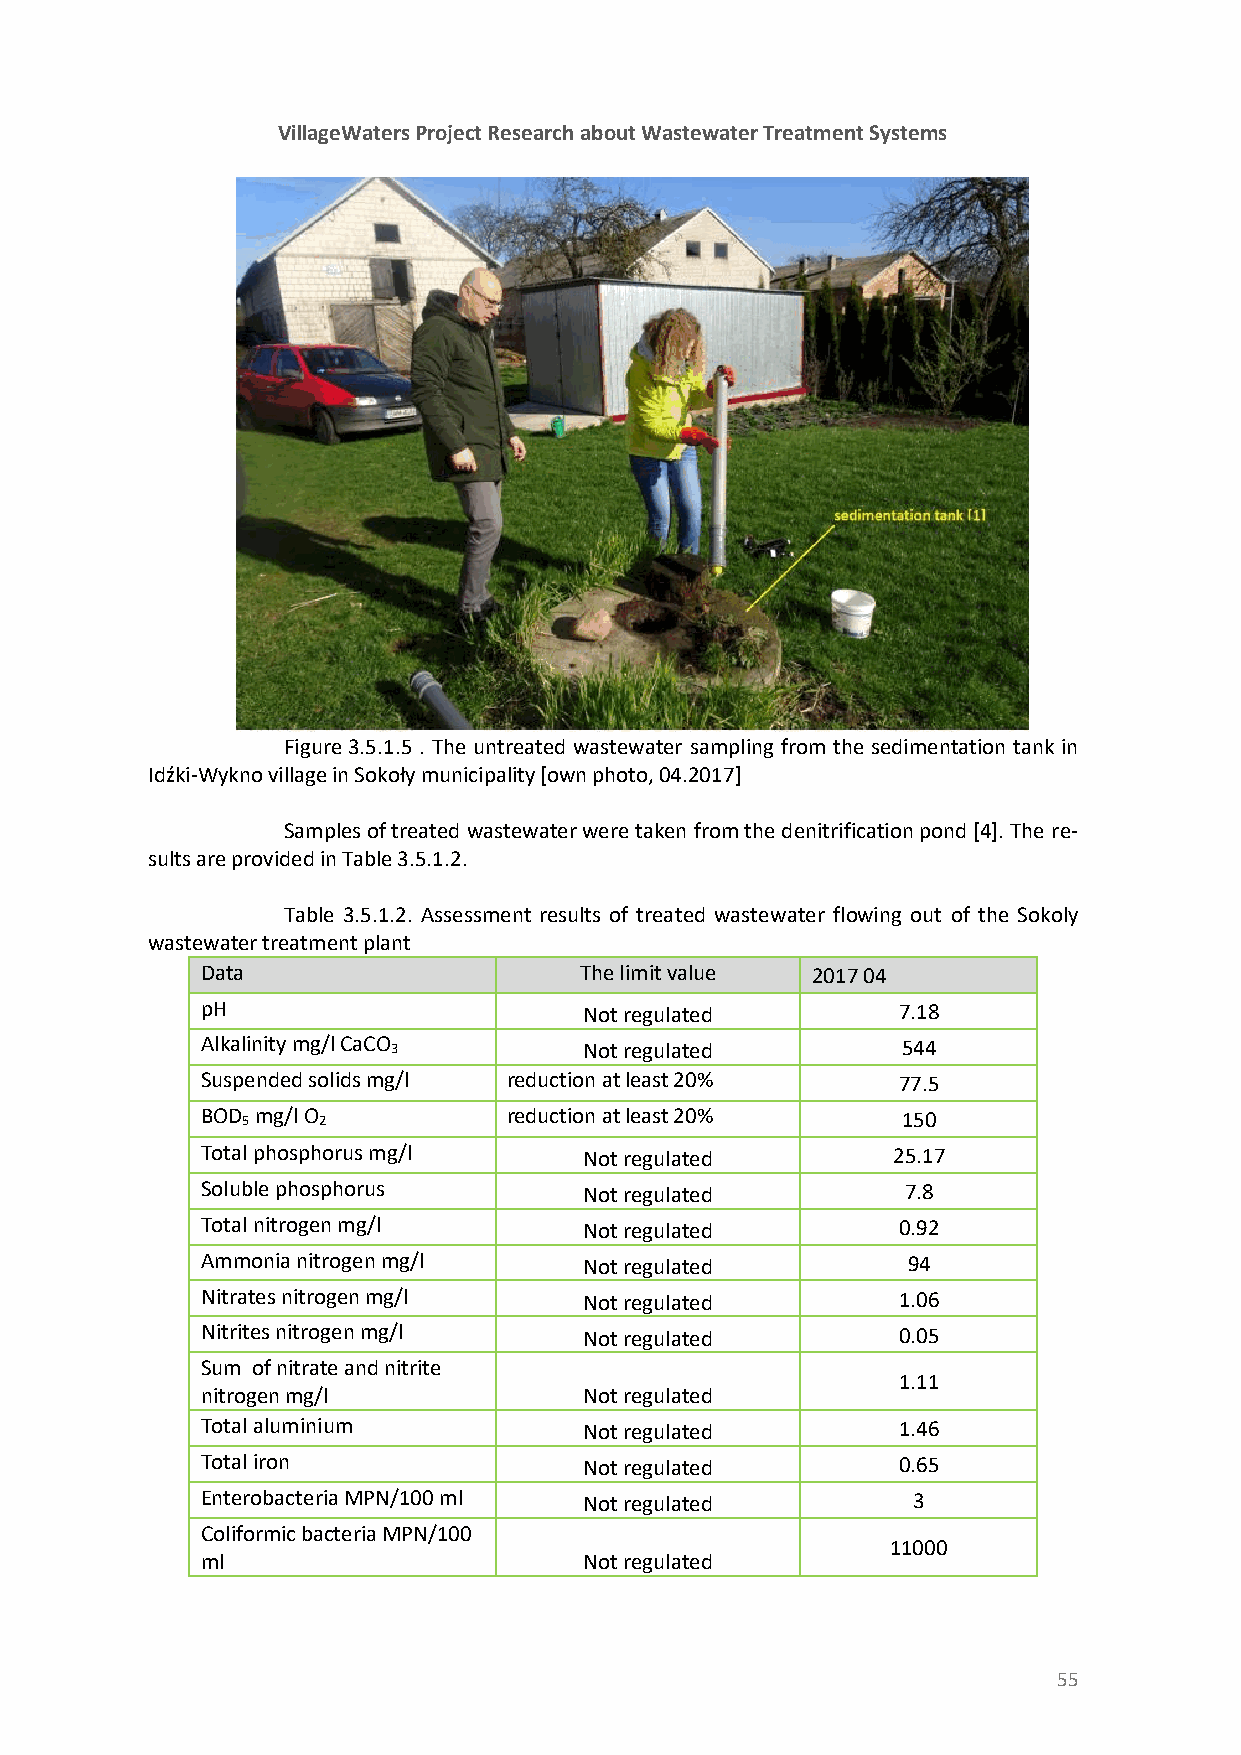
VillageWaters Project Research about Wastewater Treatment Systems
 Figure 3.5.1.5 . The untreated wastewater sampling from the sedimentation tank in
 Idźki-Wykno village in Sokoły municipality [own photo, 04.2017]
 Samples of treated wastewater were taken from the denitrification pond [4]. The re-
 sults are provided in Table 3.5.1.2.
 Table 3.5.1.2. Assessment results of treated wastewater flowing out of the Sokoly
 wastewater treatment plant
 Data                     The limit value 2017 04
 pH                        Not regulated       7.18
 Alkalinity mg/l CaCO 3    Not regulated        544
 Suspended solids mg/l reduction at least 20%  77.5
 BOD 5 mg/l O 2       reduction at least 20%    150
 Total phosphorus mg/l     Not regulated       25.17
 Soluble phosphorus        Not regulated        7.8
 Total nitrogen mg/l       Not regulated       0.92
 Ammonia nitrogen mg/l     Not regulated        94
 Nitrates nitrogen mg/l    Not regulated       1.06
 Nitrites nitrogen mg/l    Not regulated       0.05
 Sum of nitrate and nitrite
 1.11
 nitrogen mg/l             Not regulated
 Total aluminium           Not regulated       1.46
 Total iron                Not regulated       0.65
 Enterobacteria MPN/100 ml Not regulated        3
 Coliformic bacteria MPN/100
 11000
 ml                        Not regulated
 55